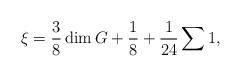
\begin{align*}\xi=\frac{3}{8}\dim G+\frac{1}{8}+\frac{1}{24}\sum 1,\end{align*}